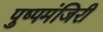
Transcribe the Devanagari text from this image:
पुष्पमंजिरी